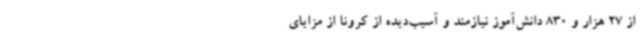
از 27 هزار و 830 دانش‌آموز نیازمند و آسیب‌دیده از کرونا از مزایای